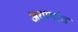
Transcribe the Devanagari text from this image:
अरण्यांत